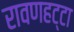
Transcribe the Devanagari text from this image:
रावणहट्टा